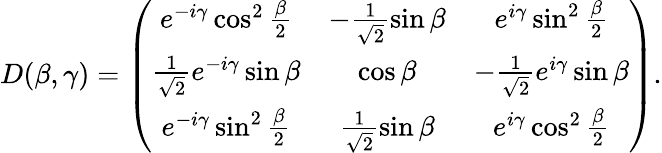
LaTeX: D(\beta,\gamma)=\left(\begin{array}{ccc}{{e^{-i\gamma}\cos^{2}{\frac{\beta}{2}}}}&{{-\frac{1}{\sqrt{2}}\sin{\beta}}}&{{e^{i\gamma}\sin^{2}{\frac{\beta}{2}}}}\\ {{\frac{1}{\sqrt{2}}e^{-i\gamma}\sin{\beta}}}&{{\cos{\beta}}}&{{-\frac{1}{\sqrt{2}}e^{i\gamma}\sin{\beta}}}\\ {{e^{-i\gamma}\sin^{2}{\frac{\beta}{2}}}}&{{\frac{1}{\sqrt{2}}\sin{\beta}}}&{{e^{i\gamma}\cos^{2}{\frac{\beta}{2}}}}\end{array}\right).